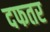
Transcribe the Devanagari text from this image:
दफतर